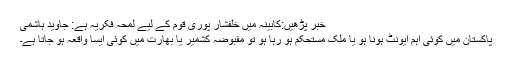
خبر پڑھیں:کابینہ میں خلفشار پوری قوم کے لیے لمحہ فکریہ ہے: جاوید ہاشمی
پاکستان میں کوئی اہم ایونٹ ہونا ہو یا ملک مستحکم ہو رہا ہو تو مقبوضہ کشمیر یا بھارت میں کوئی ایسا واقعہ ہو جاتا ہے۔